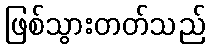
ဖြစ်သွားတတ်သည်